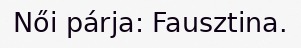
Női párja: Fausztina.